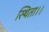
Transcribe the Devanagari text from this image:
स्थिता।।